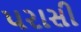
પરાસી